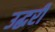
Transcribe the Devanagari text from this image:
उद्धरी